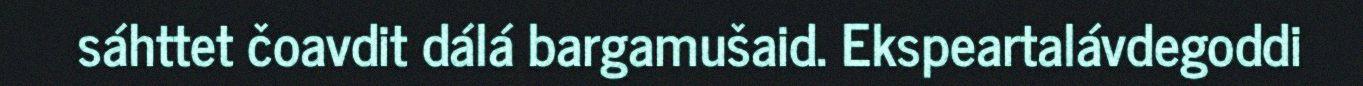
sáhttet čoavdit dálá bargamušaid. Ekspeartalávdegoddi